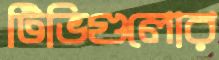
টিভিগুলোর